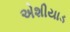
એશીયાડ